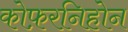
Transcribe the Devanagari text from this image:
कोफ़रनिहोन